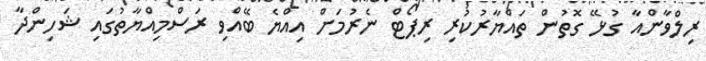
ރިލްވާންއާ ގުޅޭ ގޮތުން ތައްޔާރުކުރި ރިޕޯޓް ނެރުމަށް އިއްޔެ ބޭއްވި ރަސްމިއްޔާތުގައި ޝަހިންދާ